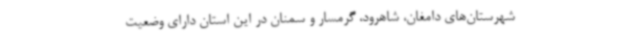
شهرستان‌های دامغان، شاهرود، گرمسار و سمنان در این استان دارای وضعیت